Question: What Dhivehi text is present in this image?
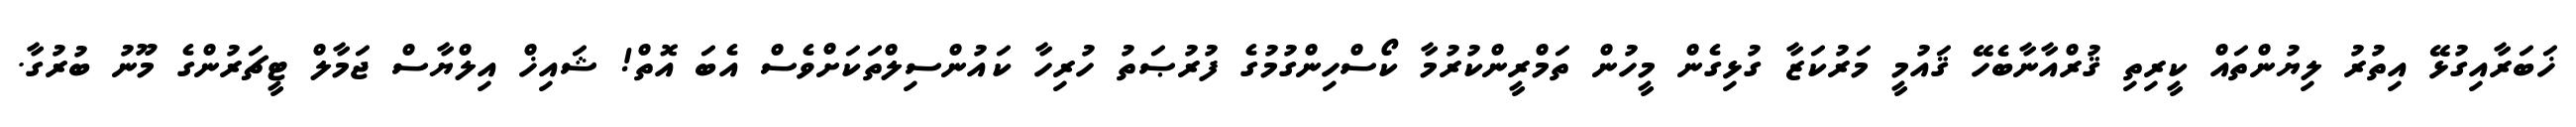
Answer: ޚަބަރާއިގުޅޭ އިތުރު ލިޔުންތައް ކީރިތި ޤުރްއާނާބެހޭ ޤައުމީ މަރުކަޒާ ގުޅިގެން މީހުން ތަމްރީންކުރުމާ ކޯސްހިންގުމުގެ ފުރުޞަތު ހުރިހާ ކައުންސިލްތަކަށްވެސް އެބަ އޮތް! ޝައިޚް އިލްޔާސް ޖަމާލް ޓީޗަރުންގެ މޫނު ބުރުގާ.